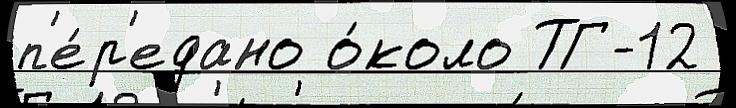
п'е́р'едано о́коло ТГ-12